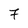
Character: 7